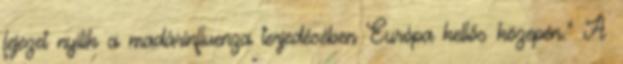
fejezet nyílik a madárinfluenza terjedésében Európa kellős közepén." A